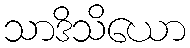
သာဒိသိယော